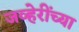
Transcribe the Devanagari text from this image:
जव्हेरींच्या